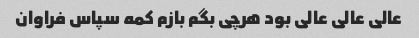
عالی عالی عالی بود هرچی بگم بازم کمه سپاس فراوان